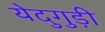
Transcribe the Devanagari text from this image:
येदुगुड़ी